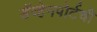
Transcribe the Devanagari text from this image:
डॅव्हेनपोर्टची